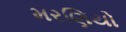
મરણિયો